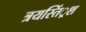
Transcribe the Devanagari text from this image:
त्रयस्तिं्रश